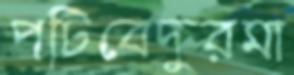
পটিবেদুরমা